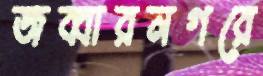
জব্বারনগরে